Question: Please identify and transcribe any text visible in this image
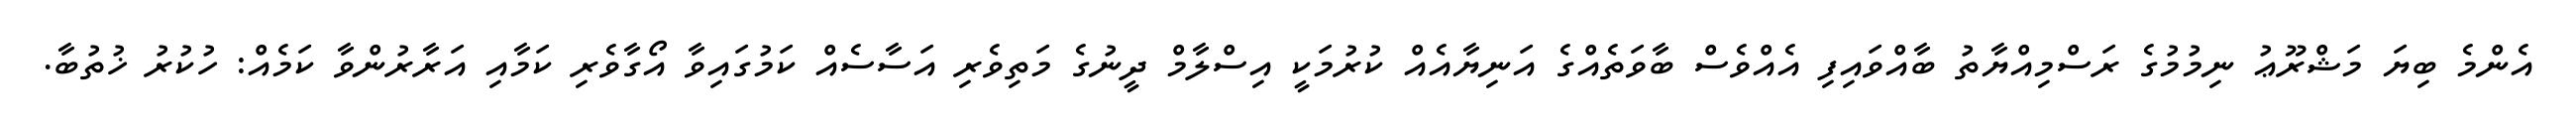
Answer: އެންމެ ބިޔަ މަޝްރޫޢު ނިމުމުގެ ރަސްމިއްޔާތު ބާއްވައިފި އެއްވެސް ބާވަތެއްގެ އަނިޔާއެއް ކުރުމަކީ އިސްލާމް ދީނުގެ މަތިވެރި އަސާސެއް ކަމުގައިވާ އޯގާވެރި ކަމާއި އަރާރުންވާ ކަމެއް: ހުކުރު ޚުތުބާ.